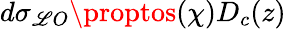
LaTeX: d\sigma_{\mathscr{L}O}\proptos(\chi)D_{c}(z)